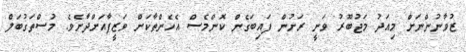
ޒުވާނުންނަށް މިއަދު މަޖުބޫރު ވަނީ ރަށުން ފައިބަގެން ކޮންމެސް އެހެންތާކަށް ވަޒީފާއަށްދާށެވެ. މުސްތަގުބަލް